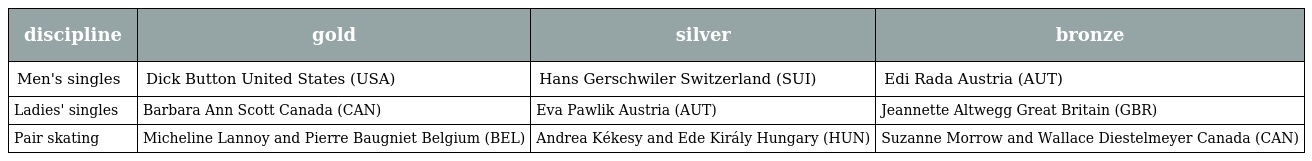
| discipline | gold | silver | bronze |
 | --- | --- | --- | --- |
 | Men's singles | Dick Button United States (USA) | Hans Gerschwiler Switzerland (SUI) | Edi Rada Austria (AUT) |
 | Ladies' singles | Barbara Ann Scott Canada (CAN) | Eva Pawlik Austria (AUT) | Jeannette Altwegg Great Britain (GBR) |
 | Pair skating | Micheline Lannoy and Pierre Baugniet Belgium (BEL) | Andrea Kékesy and Ede Király Hungary (HUN) | Suzanne Morrow and Wallace Diestelmeyer Canada (CAN) |